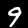
Label: 9